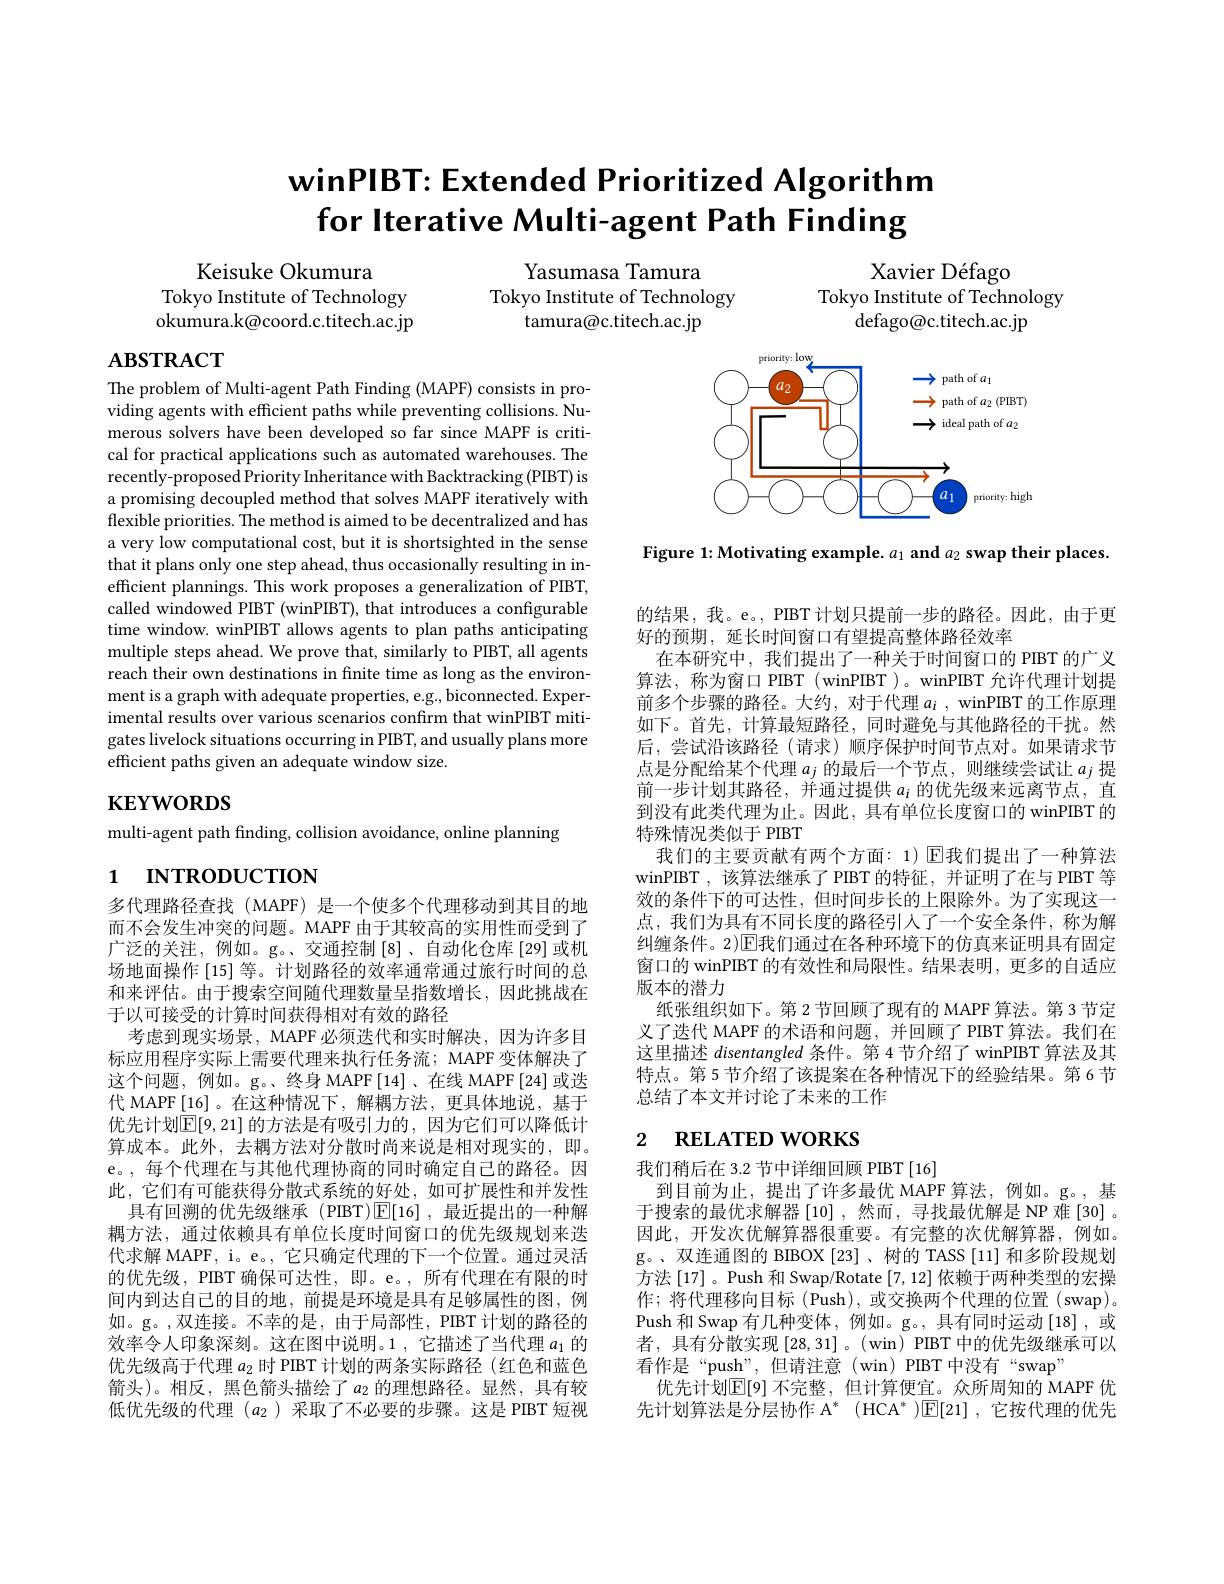
# winPIBT: Extended Prioritized Algorithm for Iterative Multi-agent Path Finding

Keisuke Okumura
Tokyo Institute of Technology okumura.k@coord.c.titech.ac.jp

Yasumasa Tamura
Tokyo Institute of Technology
tamura@c.titech.ac.jp

Xavier Défago
Tokyo Institute of Technology
defago@c.titech.ac.jp

# $\mathbf{ABSTRACT}$

<FigureHere>

Figure 1: Motivating example. $a_1$ and $a_2$ swap their places.

The problem of Multi-agent Path Finding (MAPF) consists in providing agents with efficient paths while preventing collisions. Numerous solvers have been developed so far since MAPF is critical for practical applications such as automated warehouses. The recently-proposed Priority Inheritance with Backtracking (PIBT) is a promising decoupled method that solves MAPF iteratively with flexible priorities. The method is aimed to be decentralized and has a very low computational cost, but it is shortsighted in the sense that it plans only one step ahead, thus occasionally resulting in inefficient plannings. This work proposes a generalization of PIBT, called windowed PIBT (winPIBT), that introduces a configurable time window. winPIBT allows agents to plan paths anticipating multiple steps ahead. We prove that, similarly to PIBT, all agents reach their own destinations in fnite time as long as the environment is a graph with adequate properties, e.g., biconnected. Experimental results over various scenarios confirm that winPIBT mitigates livelock situations occurring in PIBT, and usually plans more efficient paths given an adequate window size.

# $\mathbf{KEYWORDS}$

multi-agent path finding, collision avoidance, online planning

的结果，我。e。, PIBT 计划只提前一步的路径。因此，由于更
好的预期，延长时间窗口有望提高整体路径效率
在本研究中，我们提出了一种关于时间窗口的 PIBT 的广义算法，称为窗口 PIBT ( winPIBT )。winPIBT 允许代理计划提前多个步骤的路径。大约，对于代理$a_i$ , winPIBT 的工作原理如下。首先，计算最短路径，同时避免与其他路径的干扰。然后，尝试沿该路径(请求)顺序保护时间节点对。如果请求节点是分配给某个代理$a_j$的最后一个节点，则继续尝试让$a_j$提前一步计划其路径，并通过提供$a_i$的优先级来远离节点，直到没有此类代理为止。因此，具有单位长度窗口的 winPIBT 的特殊情况类似于 PIBT
我们的主要贡献有两个方面：1) $\operatorname{E\text{我们提出了一种算法}}$ winPIBT ,该算法继承了 PIBT 的特征，并证明了在与 PIBT 等效的条件下的可达性，但时间步长的上限除外。为了实现这一点，我们为具有不同长度的路径引人了一个安全条件，称为解纠缠条件。2)$\overline{\mathrm{E}}$我们通过在各种环境下的仿真来证明具有固定窗口的 winPIBT 的有效性和局限性。结果表明，更多的自适应版本的潜力
纸张组织如下。第 2节回顾了现有的 MAPF 算法。第 3 节定义了迭代 MAPF 的术语和问题，并回顾了 PIBT 算法。我们在这里描述disentangled条件。第 4 节介绍了 winPIBT 算法及其特点。第 5 节介绍了该提案在各种情况下的经验结果。第 6 节总结了本文并讨论了未来的工作

# 1 INTRODUCTION

## 2 $\textbf{RELATED WORKS}$

多代理路径查找(MAPF) 是一个使多个代理移动到其目的地而不会发生冲突的问题。MAPF 由于其较高的实用性而受到了广泛的关注，例如。g。、交通控制[8]、自动化仓库[29]或机场地面操作 [15] 等。计划路径的效率通常通过旅行时间的总和来评估。由于搜索空间随代理数量呈指数增长，因此挑战在于以可接受的计算时间获得相对有效的路径
考虑到现实场景，MAPF 必须迭代和实时解决，因为许多目标应用程序实际上需要代理来执行任务流；MAPF 变体解决了这个问题，例如。g。、终身 MAPF[14]、在线 MAPF[24]或迭代 MAPF[16]。在这种情况下，解耦方法，更具体地说，基于优先计划$\mathbb{E}[9,21]$ 的方法是有吸引力的，因为它们可以降低计算成本。此外，去耦方法对分散时尚来说是相对现实的，即。e。,每个代理在与其他代理协商的同时确定自己的路径。因此，它们有可能获得分散式系统的好处，如可扩展性和并发性具有回溯的优先级继承(PIBT)$\mathbb{E}[16]$,最近提出的一种解耦方法，通过依赖具有单位长度时间窗口的优先级规划来迭代求解 MAPF, i。e。, 它只确定代理的下一个位置。通过灵活的优先级，PIBT 确保可达性，即。e。,所有代理在有限的时间内到达自己的目的地，前提是环境是具有足够属性的图，例如。g。,双连接。不幸的是，由于局部性，PIBT 计划的路径的效率令人印象深刻。这在图中说明。1 ,它描述了当代理$a_1$的优先级高于代理$a_{2}$时 PIBT 计划的两条实际路径 (红色和蓝色箭头)。相反，黑色箭头描绘了$a_2$ 的理想路径。显然，具有较低优先级的代理($a_2$)采取了不必要的步骤。这是 PIBT 短视

我们稍后在 3.2 节中详细回顾 PIBT[16]
到目前为止，提出了许多最优 MAPF 算法，例如。g。,基于搜索的最优求解器$\left[10\right]$,然而，寻找最优解是 NP 难 [30]。因此，开发次优解算器很重要。有完整的次优解算器，例如。g。、双连通图的 BIBOX[23]、树的 TASS[11] 和多阶段规划方法 [17] 。Push 和 Swap/Rotate [7, 12] 依赖于两种类型的宏操作；将代理移向目标(Push),或交换两个代理的位置(swap)。$\operatorname{Push}$和 Swap 有几种变体，例如。g。,具有同时运动$\left[18\right]$,或者，具有分散实现[28,31]。(win) PIBT 中的优先级继承可以看作是“push”,但请注意(win)PIBT中没有“swap”
优先计划$\mathbb{E}[9]$ 不完整，但计算便宜。众所周知的 MAPF 优先计划算法是分层协作$\mathcal{A} ^*$ $( \mathrm{HCA}^* ) \overline {\mathrm{E} }[ 21] $,它按代理的优先